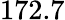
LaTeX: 172.7